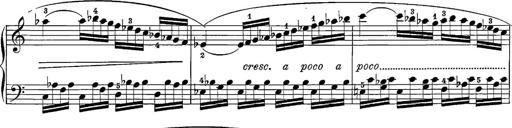
Title: 12 Sonatine per Pianoforte
Composer: Friedrich Kuhlau